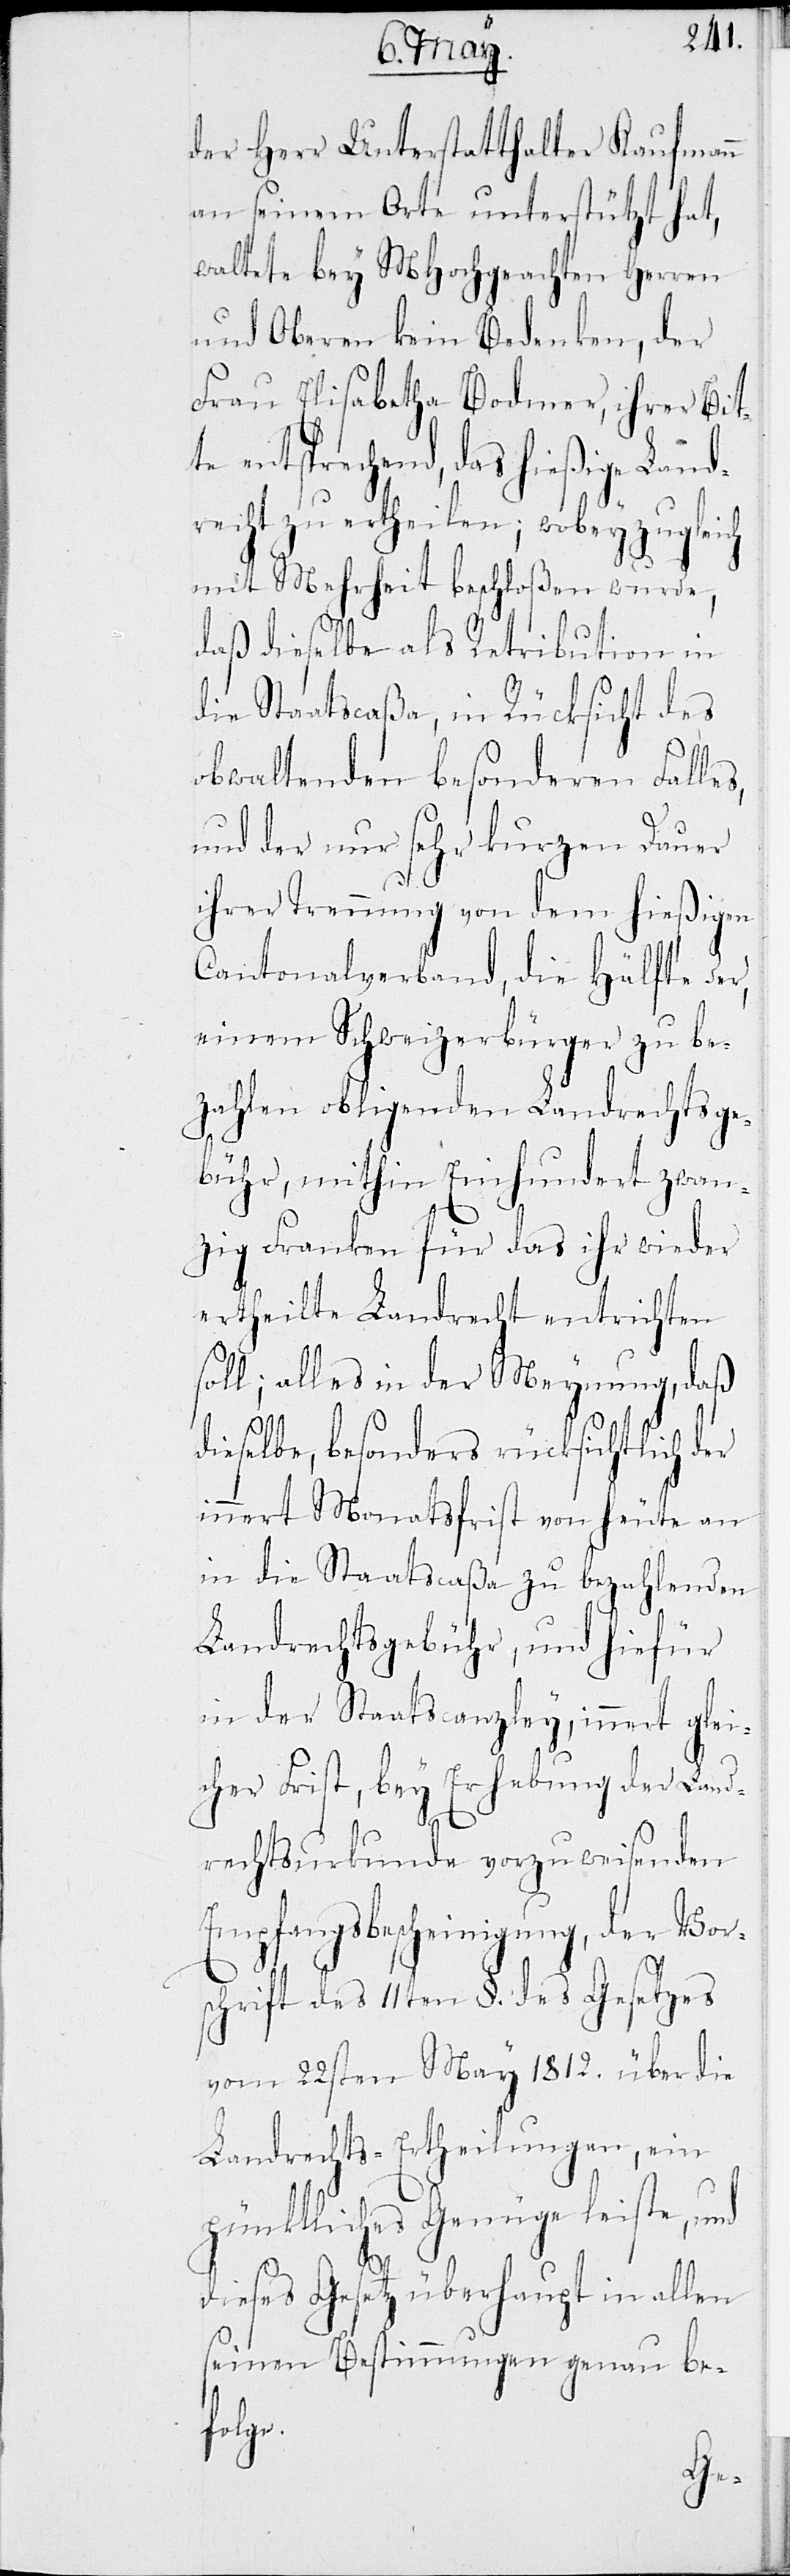
der Herr Unterstatthalter Kaufmann
an seinem Orte unterstützt hat,
waltete bey MHochgeachten HHerren
und Oberen kein Bedenken, der
Frau Elisabetha Bodmer, ihrer Bit¬
te entsprechend, das hießige Land¬
recht zu ertheilen; wobey zugleich
mit Mehrheit beschloßen wurde,
daß dieselbe als Retribution in
die Staatscaßa, in Rücksicht des
obwaltenden besonderen Falles,
und der nur sehr kurzen Dauer
ihrer Trennung von dem hießigen
Cantonalverband, die Hälfte der,
einem Schweizerbürger zu be¬
zahlen obligenden Landrechtsge¬
bühr, mithin Einhundert zwan¬
zig Franken für das ihr wieder
ertheilte Landrecht entrichten
soll; alles in der Meynung, daß
dieselbe, besonders rücksichtlich der
innert Monatsfrist von heute an
in die Staatscaßa zu bezahlenden
Landrechtsgebühr, und hiefür
in der Staatscanzley, innert glei¬
cher Frist, bey Erhebung der Land¬
rechtsurkunde vorzuweisenden
Landrechtsbescheinigung, der Vor¬
schrift des 11ten §. des Gesetzes
vom 22sten May 1812. über die
Landrechts-Ertheilungen, ein
pünktliches Genüge leiste, und
dieses Gesetz überhaupt in allen
seinen Bestimmungen genau be¬
folge.